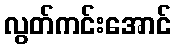
လွတ်ကင်းအောင်